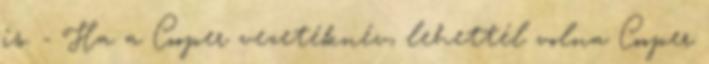
is. - Ha a Cooper vezetéknév, lehettél volna Cooper